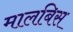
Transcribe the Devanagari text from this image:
मालबिस